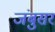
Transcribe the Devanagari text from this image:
जंबुसर